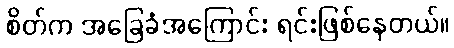
စိတ်က အခြေခံအကြောင်း ရင်းဖြစ်နေတယ်။